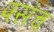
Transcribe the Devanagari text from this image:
पसंच